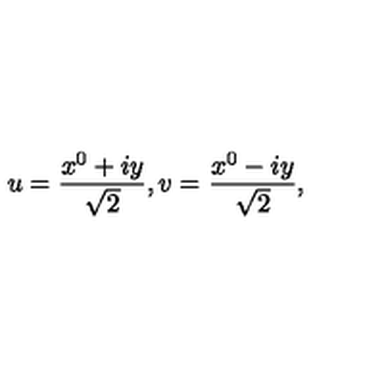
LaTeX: u = { \frac { x ^ { 0 } + i y } { \sqrt { 2 } } } , v = { \frac { x ^ { 0 } - i y } { \sqrt { 2 } } } ,